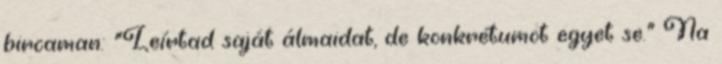
bircaman: "Leírtad saját álmaidat, de konkrétumot egyet se." Na